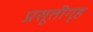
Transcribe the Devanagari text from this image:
प्रसूतीगृह